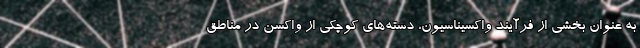
به عنوان بخشی از فرآیند واکسیناسیون، دسته‌های کوچکی از واکسن در مناطق